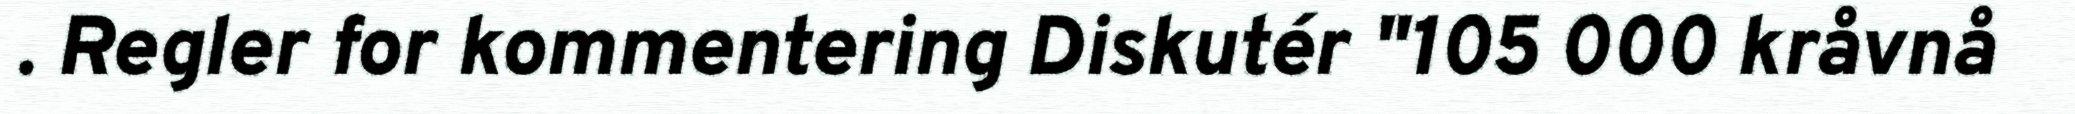
. Regler for kommentering Diskutér "105 000 kråvnå